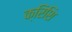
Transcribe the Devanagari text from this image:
क्रिशि